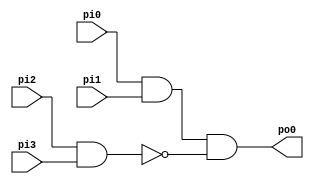
module test_0 (
	pi0, pi1, pi2, pi3,
	po0);
  	input pi0, pi1, pi2, pi3;
  	output po0;
  	wire n1, n2;
	assign n1 = pi0 & pi1;
	assign n2 = pi2 & pi3;
	assign po0 = n1 & ~n2;
endmodule

// Y3(i1, i2, 0, i3, 0, 0, i4, 0, 0, 0)